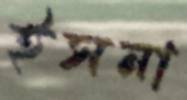
ইসনা